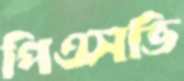
পিএসভি